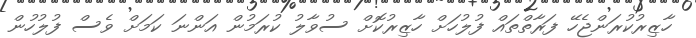
ހާޒިރުކުރަންޖެހޭ ފަރާތްތައް ފުލުހަށް ހާޒިރުކޮށް ސުވާލު ކުރަމުން އަންނަ ކަމަށް ވެސް ފުލުހުން